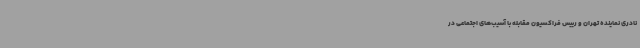
نادری نماینده تهران و رییس فراکسیون مقابله با آسیب‌های اجتماعی در